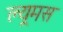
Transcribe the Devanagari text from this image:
ल्यूमस